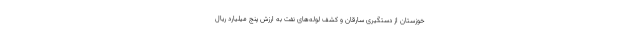
خوزستان از دستگیری سارقان و کشف لوله‌های نفت به ارزش پنج میلیارد ریال